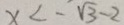
x < - \sqrt { 3 } - 2